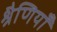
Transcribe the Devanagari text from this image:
श्रैणियाँ